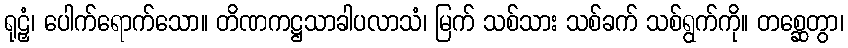
ရုဠှံ၊ ပေါက်ရောက်သော။ တိဏကဋ္ဌသာခါပလာသံ၊ မြက် သစ်သား သစ်ခက် သစ်ရွက်ကို။ တစ္ဆေတွာ၊